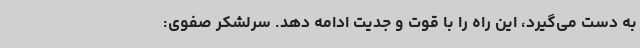
به دست می‌گیرد، این راه را با قوت و جدیت ادامه دهد. سرلشکر صفوی: